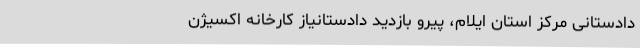
دادستانی مرکز استان ایلام، پیرو بازدید دادستانیاز کارخانه اکسیژن